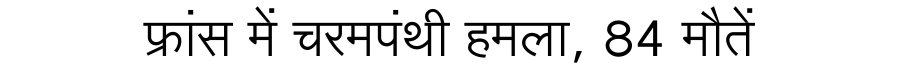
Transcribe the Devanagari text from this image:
फ्रांस में चरमपंथी हमला, 84 मौतें